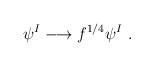
LaTeX: \begin{align*}\psi^I \longrightarrow f^{1/4} \psi^I ~. \end{align*}